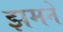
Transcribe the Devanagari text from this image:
झमने